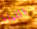
الليلة